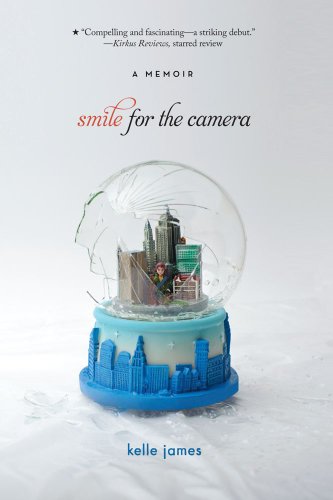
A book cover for Smile for the Camera: A Memoir; Kelle James; Teen & Young Adult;